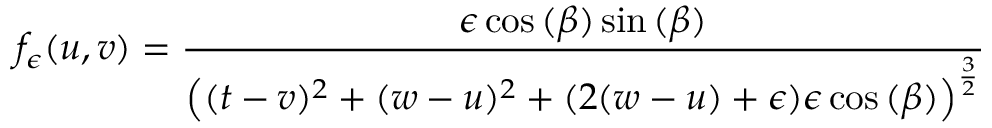
f _ { \epsilon } ( u , v ) = \frac { \epsilon \cos { ( \beta ) } \sin { ( \beta ) } } { \left( ( t - v ) ^ { 2 } + ( w - u ) ^ { 2 } + ( 2 ( w - u ) + \epsilon ) \epsilon \cos { ( \beta ) } \right) ^ { \frac { 3 } { 2 } } }